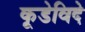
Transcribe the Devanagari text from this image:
कूडेविदे